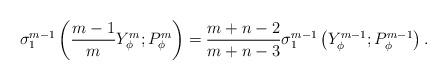
LaTeX: \begin{align*} \sigma_1^{m-1}\left(\frac{m-1}{m}Y_\phi^m;P_\phi^m\right) = \frac{m+n-2}{m+n-3}\sigma_1^{m-1}\left(Y_\phi^{m-1};P_\phi^{m-1}\right) . \end{align*}